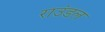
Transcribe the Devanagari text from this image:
राउंडल